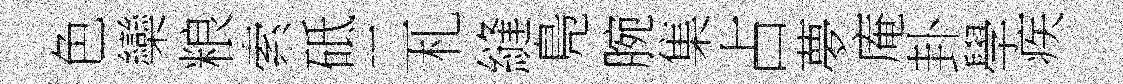
色欒粮索砥二札縫鳬腕集占夢庵卦學疾